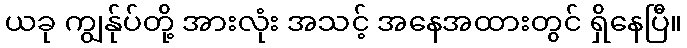
ယခု ကျွန်ုပ်တို့ အားလုံး အသင့် အနေအထားတွင် ရှိနေပြီ။